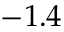
- 1 . 4